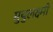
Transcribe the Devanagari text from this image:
मुथुलक्ष्मी